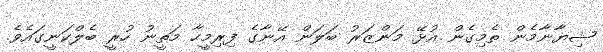
ޝިޔާނާމެން ތެމިގެން އުޅޭ މަންޒަރު ބަލަން އޭނާގެ ފިރިމީހާ މަތީނު ހުރީ ބެލްކަނީގައެވެ.